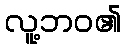
လူ့ဘဝ၏